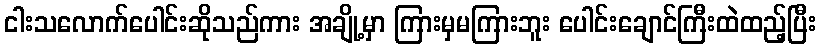
ငါးသလောက်ပေါင်းဆိုသည်ကား အချို့မှာ ကြားမှမကြားဘူး ပေါင်းချောင်ကြီးထဲထည့်ပြီး